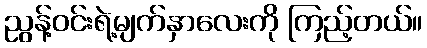
ညွန့်ဝင်းရဲ့မျက်နှာလေးကို ကြည့်တယ်။